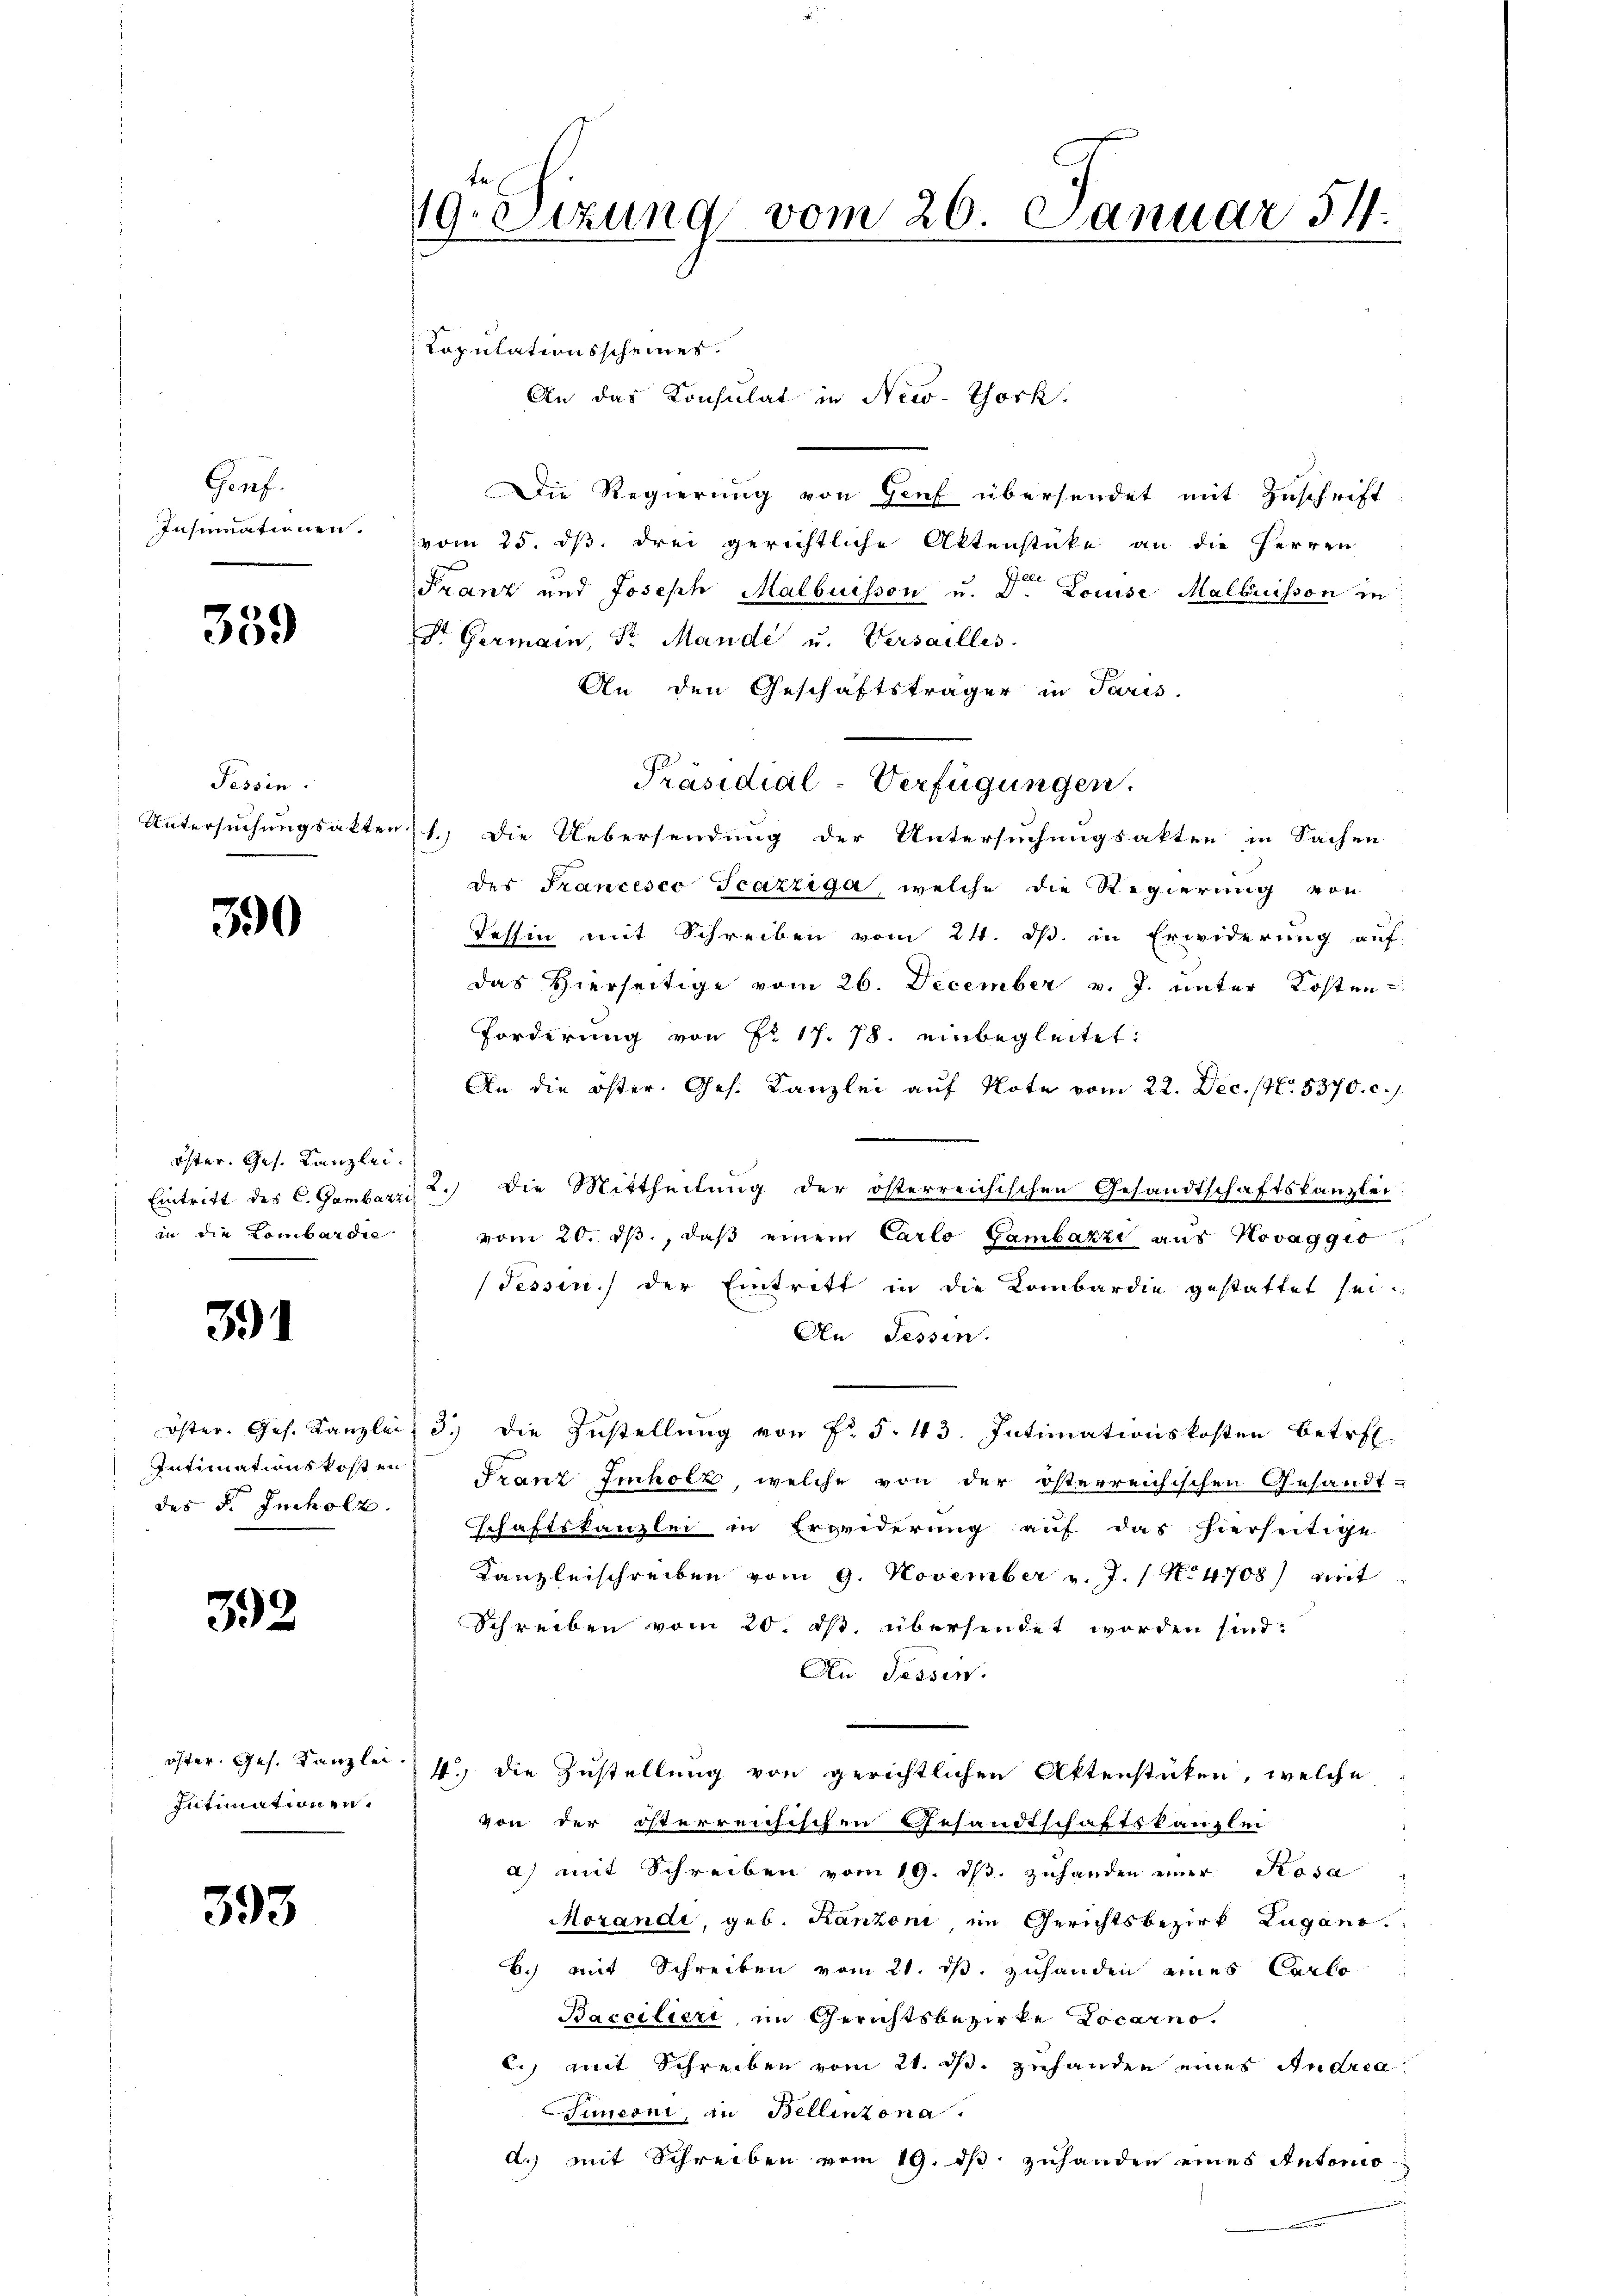
Gonf.
Insumationen.

359

Tessin.
Untersuchungsakten.

390

Öster, Ges. Kanzlei.
in die Lombardie

391

Intimationskosten
des F. Incholz.

32

öster. Ges. Kanzlei.
Intimationen.

393

19. Sizung vom 26. Januar 54.

Kopulationsscheines.
Die Regierung von Genf übersendet mit Zuschrift
vom 25. dß drei gerichtliche Aktenstücke an die Herren
Franz und Joseph Malbuisson u. Dr. Louise Malbuisson zu
St. Germann, Sr. Mande u. Versailles
An den Geschäftsträger in Paris.
1.) Die Uebersendung der Untersuchungsakten in Sachen
des Francesco Scazziga, welche die Regierung von
Tessin mit Schreiben vom 24. ds. in Erwiderung auf
das Hierseitige vom 26. December v. J. unter Kosten
Forderung von Fr. 17. 78. einbegleitet:
An die öster. Ges. Kanzlei auf Note vom 22. Dec. 1. 5370. c. s.
Eintritt des C. Gemberzi 2.) die Mittheilung der österreichischen Gesandtschaftskanzlei
vom 20. dβ, daβ einem Carlo Gambazzi aus Kovaggio,
Tessin.) der Eintritt in die Kombardie gestattet sei.
An Tessin.
öster. Ges. Kanzlei 3.) die Zustellung von Fr. 5. 43. Intimationskosten betref
Franz Imholz, welche von der österreichischen Gesandt-
Schaftskanzlei in Erwiderung auf das hierseitige
Kanzleischreiben vom 9. November v. J. 1 No 4708) mit
Schreiben vom 20. ds. übersendet worden sind.
An Tessin.
4. die Zustellung von gerichtlichen Aktenstücken, welche
von der österreichischen Gesandtschaftskanzlei
a) mit Schreiben vom 19. ds. zuhanden einer Rosa
Morandi, geb. Kanzoni, im Gerichtsbezirk Lugano.
6.) mit Schreiben vom 21. ds. zuhanden eines Carlo
Bacciliert, im Gerichtsbezirke Locarno.
c.) mit Schreiben vom 21. ds. zuhanden eines Andrea
Simoni, an Bellinzona.
d.) mit Schreiben vom 19. ds. zuhanden eines Antonio

An das Konsulat in New-York.

Präsidial-Verfügungen,